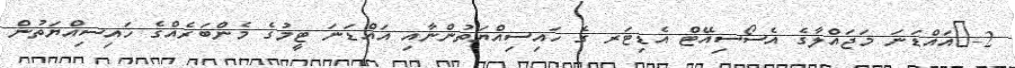
2-	އައްޑަނަ މަޖައްލާގެ އެސޯސިއޭޓް އެޑިޓަރ ގެ ހައިސިއްޔަތުންނާއި އައްޑަނަ ޓީމުގެ މެންބަރެއްގެ ހައިސިއްޔަތުން